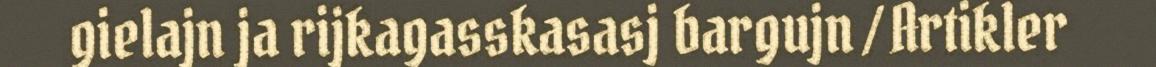
gielajn ja rijkagasskasasj bargujn / Artikler